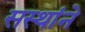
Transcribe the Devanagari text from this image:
सस्थांने